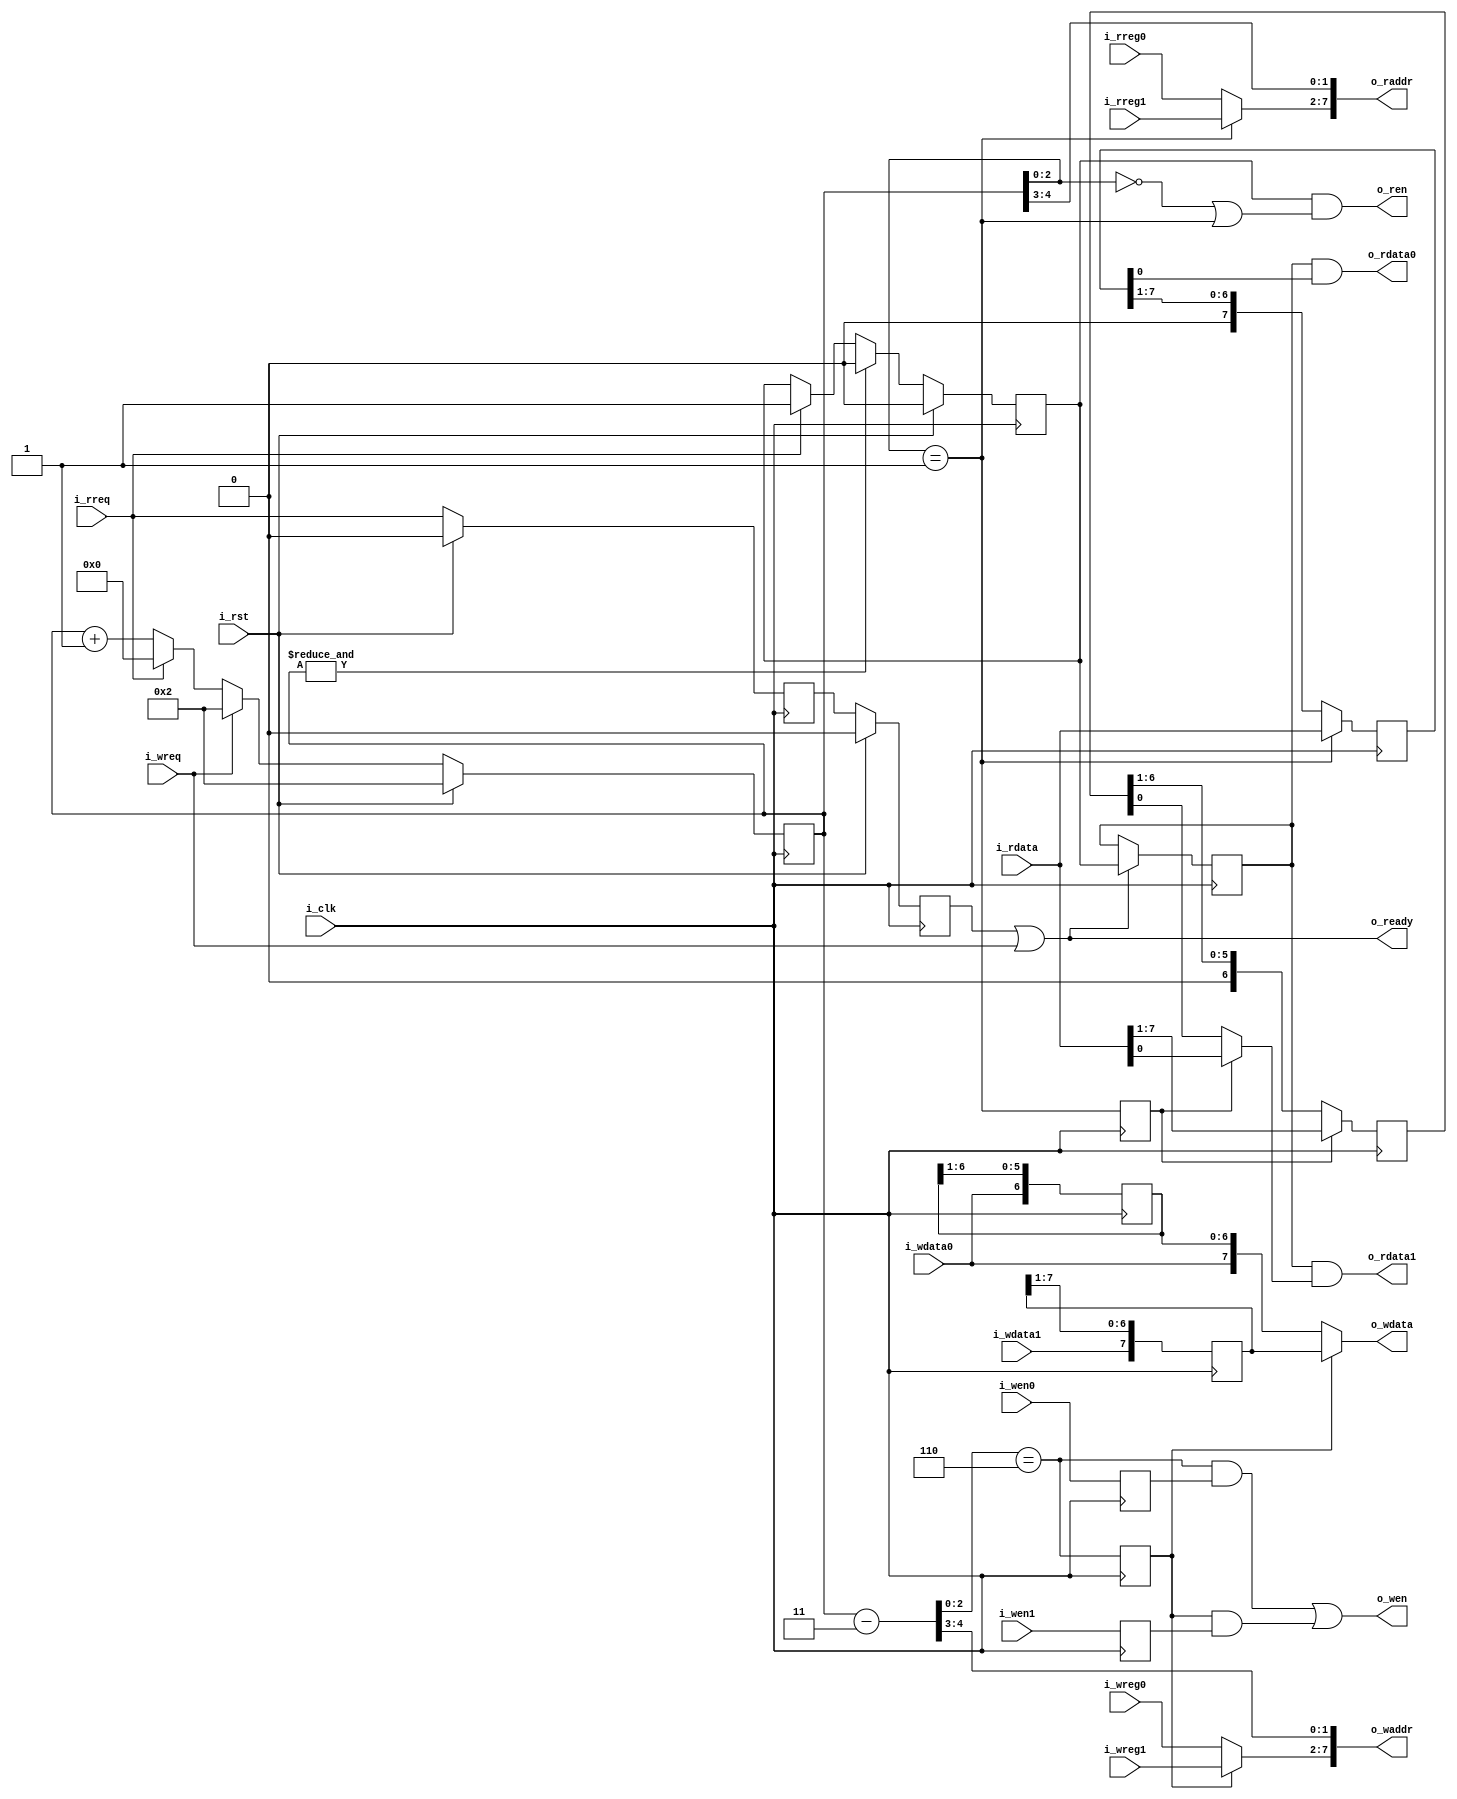
// This program was cloned from: https://github.com/olofk/subservient
// License: Apache License 2.0

/*
 * subservient_rf_ram_if.v : Adapter from SERV RF IF to SRAM interface
 *
 * SPDX-FileCopyrightText: 2021 Olof Kindgren <olof.kindgren@gmail.com>
 * SPDX-License-Identifier: Apache-2.0
 */

`default_nettype none
module subservient_rf_ram_if
  #(parameter width=8,
    parameter reset_strategy="MINI",
    parameter csr_regs=4,
    parameter depth=32*(32+csr_regs)/width,
    parameter l2w = $clog2(width))
  (
   //SERV side
   input wire 				i_clk,
   input wire 				i_rst,
   input wire 				i_wreq,
   input wire 				i_rreq,
   output wire 				o_ready,
   input wire [$clog2(32+csr_regs)-1:0] i_wreg0,
   input wire [$clog2(32+csr_regs)-1:0] i_wreg1,
   input wire 				i_wen0,
   input wire 				i_wen1,
   input wire 				i_wdata0,
   input wire 				i_wdata1,
   input wire [$clog2(32+csr_regs)-1:0] i_rreg0,
   input wire [$clog2(32+csr_regs)-1:0] i_rreg1,
   output wire 				o_rdata0,
   output wire 				o_rdata1,
   //RAM side
   output wire [$clog2(depth)-1:0] 	o_waddr,
   output wire [width-1:0] 		o_wdata,
   output wire 				o_wen,
   output wire [$clog2(depth)-1:0] 	o_raddr,
   input wire [width-1:0] 		i_rdata,
   output wire 				o_ren);

   reg 				   rgnt;
   assign o_ready = rgnt | i_wreq;
   reg [4:0] 	  rcnt;

   /*
    ********** Write side ***********
    */

   wire [4:0] 	     wcnt;

   reg [width-2:0]   wdata0_r;
   reg [width-1:0]   wdata1_r;

   reg 		     wen0_r;
   reg 		     wen1_r;
   wire 	     wtrig0;
   wire 	     wtrig1;

   generate if (width == 2) begin
      assign wtrig0 = ~wcnt[0];
      assign wtrig1 =  wcnt[0];
   end else begin
      reg wtrig0_r;
      always @(posedge i_clk) wtrig0_r <= wtrig0;
      assign wtrig0 = (wcnt[l2w-1:0] == {{l2w-1{1'b1}},1'b0});
      assign wtrig1 = wtrig0_r;
   end
   endgenerate

   assign 	     o_wdata = wtrig1 ?
			       wdata1_r :
			       {i_wdata0, wdata0_r};

   wire [$clog2(32+csr_regs)-1:0] wreg  = wtrig1 ? i_wreg1 : i_wreg0;
   generate if (width == 32)
     assign o_waddr = wreg;
   else
     assign o_waddr = {wreg, wcnt[4:l2w]};
   endgenerate

   assign o_wen = (wtrig0 & wen0_r) | (wtrig1 & wen1_r);

   generate if (width > 2)
     always @(posedge i_clk) wdata0_r  <= {i_wdata0, wdata0_r[width-2:1]};
   else
     always @(posedge i_clk) wdata0_r  <= i_wdata0;
   endgenerate

   assign wcnt = rcnt-3;

   always @(posedge i_clk) begin
      wen0_r    <= i_wen0;
      wen1_r    <= i_wen1;

      wdata1_r  <= {i_wdata1,wdata1_r[width-1:1]};

   end

   /*
    ********** Read side ***********
    */

   wire 	  rtrig0;
   reg 		  rtrig1;

   wire [$clog2(32+csr_regs)-1:0] rreg = rtrig0 ? i_rreg1 : i_rreg0;
   generate if (width == 32)
     assign o_raddr = rreg;
   else
     assign o_raddr = {rreg, rcnt[4:l2w]};
   endgenerate

   reg [width-1:0]  rdata0;
   reg [width-2:0]  rdata1;

   reg 		    rgate;
   reg 		    rvalid;

   assign o_rdata0 = rvalid & rdata0[0];
   assign o_rdata1 = rvalid & (rtrig1 ? i_rdata[0] : rdata1[0]);

   assign rtrig0 = (rcnt[l2w-1:0] == 1);
   assign o_ren = rgate & ((rcnt[l2w-1:0] == 0) | rtrig0);

   reg 	      rreq_r;

   generate if (width>2)
     always @(posedge i_clk) begin
	rdata1 <= {1'b0,rdata1[width-2:1]}; //Optimize?
	if (rtrig1)
	  rdata1[width-2:0] <= i_rdata[width-1:1];
     end
   else
     always @(posedge i_clk) if (rtrig1) rdata1 <= i_rdata[1];
   endgenerate

   always @(posedge i_clk) begin
      if (o_ready)
	rvalid <= rgate;

      if (&rcnt)
	rgate <= 1'b0;
      else if (i_rreq)
	rgate <= 1'b1;

      rtrig1 <= rtrig0;
      rcnt <= rcnt+5'd1;
      if (i_rreq)
	 rcnt <= 5'd0;
      if (i_wreq)
	 rcnt <= 5'd2;

      rreq_r <= i_rreq;
      rgnt <= rreq_r;

      rdata0 <= {1'b0,rdata0[width-1:1]};
      if (rtrig0)
	rdata0 <= i_rdata;

      if (i_rst) begin
	 if (reset_strategy != "NONE") begin
	    rgate <= 1'b0;
	    rcnt <= 5'd2;
	    rgnt <= 1'b0;
	    rreq_r <= 1'b0;
	 end
      end
   end



endmodule